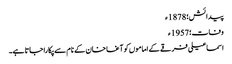
پیدائش؛ 1878ء
وفات؛ 1957ء
اسماعیلی فرقے کے اماموں کو آغا خان کے نام سے پکارا جاتا ہے۔